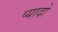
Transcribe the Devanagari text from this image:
प्‍यादो